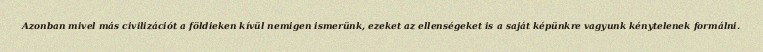
Azonban mivel más civilizációt a földieken kívül nemigen ismerünk, ezeket az ellenségeket is a saját képünkre vagyunk kénytelenek formálni.